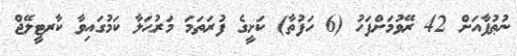
ނުޠުފާއަށް 42 ރޭވުމަށްފަހު (6 ހަފުތާ) ކަށީގެ ފުރަތަމަ މަރުޙަލާ ކަމުގައިވާ ކާރޓީލޭޖް